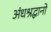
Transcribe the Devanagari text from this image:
अंधश्रद्धानो